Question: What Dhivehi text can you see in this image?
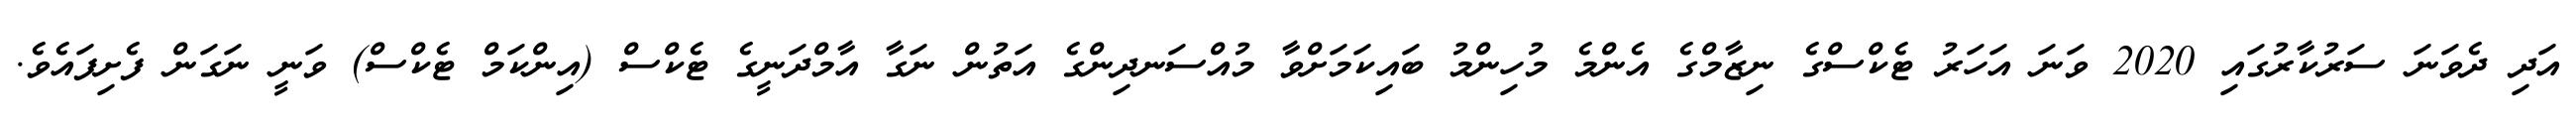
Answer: އަދި ދެވަނަ ސަރުކާރުގައި 2020 ވަނަ އަހަރު ޓެކްސްގެ ނިޒާމްގެ އެންމެ މުހިންމު ބައިކަމަށްވާ މުއްސަނދިންގެ އަތުން ނަގާ އާމްދަނީގެ ޓެކްސް (އިންކަމް ޓެކްސް) ވަނީ ނަގަން ފެށިފައެވެ.